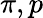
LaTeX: \pi,p